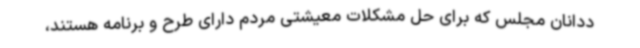
ددانان مجلس که برای حل مشکلات معیشتی مردم دارای طرح و برنامه هستند،